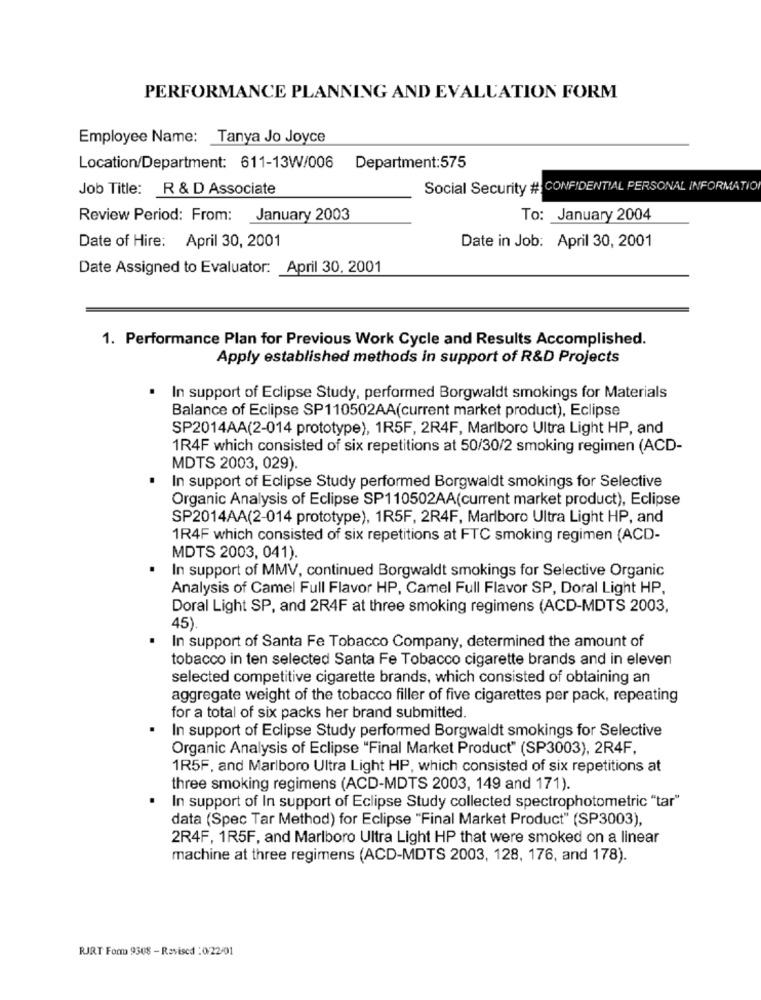
PERFORMANCE PLANNING AND EVALUATION FORM
Employee Name: Tanya Jo Joyce
Location/Department: 611-13W/006 Department:575
Job Title: R & D Associate
Social Security # CONFIDENTIAL PERSONAL INFORMATIO
Review Period: From: January 2003
To: January 2004
Date of Hire: April 30, 2001
Date in Job: April 30, 2001
Date Assigned to Evaluator: April 30, 2001
1. Performance Plan for Previous Work Cycle and Results Accomplished.
Apply established methods in support of R&D Projects
In support of Eclipse Study, performed Borgwaldt smokings for Materials
Balance of Eclipse SP110502AA(current market product), Eclipse
SP2014AA(2-014 prototype), 1R5F, 2R4F, Marlboro Ultra Light HP, and
1R4F which consisted of six repetitions at 50/30/2 smoking regimen (ACD-
MDTS 2003, 029).
In support of Eclipse Study performed Borgwaldt smokings for Selective
Organic Analysis of Eclipse SP110502AA(current market product), Eclipse
SP2014AA(2-014 prototype), 1R5F, 2R4F, Marlboro Ultra Light HP, and
1R4F which consisted of six repetitions at FTC smoking regimen (ACD-
MDTS 2003, 041).
In support of MMV, continued Borgwaldt smokings for Selective Organic
Analysis of Camel Full Flavor HP, Camel Full Flavor SP, Doral Light HP.
Doral Light SP, and 2R4F at three smoking regimens (ACD-MDTS 2003,
45)
In support of Santa Fe Tobacco Company, determined the amount of
tobacco in ten selected Santa Fe Tobacco cigarette brands and in eleven
selected competitive cigarette brands, which consisted of obtaining an
aggregate weight of the tobacco filler of five cigarettes per pack, repeating
for a total of six packs her brand submitted.
In support of Eclipse Study performed Borgwaldt smokings for Selective
Organic Analysis of Eclipse "Final Market Product" (SP3003), 2R4F,
1R5F, and Marlboro Ultra Light HP, which consisted of six repetitions at
three smoking regimens (ACD-MDTS 2003, 149 and 171).
In support of In support of Eclipse Study collected spectrophotometric "tar"
data (Spec Tar Method) for Eclipse "Final Market Product" (SP3003),
2R4F, 1R5F, and Marlboro Ultra Light HP that were smoked on a linear
machine at three regimens (ACD-MDTS 2003, 128, 176, and 178).
RJRT For 9308 - Revised : 0/22-01